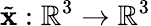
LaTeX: {\tilde{\mathbf{x}}:{\mathbb{R}}^{3}\rightarrow{\mathbb{R}}^{3}}